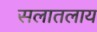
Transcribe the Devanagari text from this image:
सलातलाय